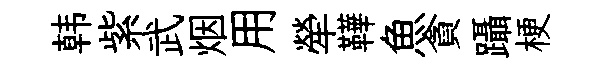
韩紫武烟用犖鞾魚貪躡梗